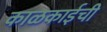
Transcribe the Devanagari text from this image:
काळकाईची